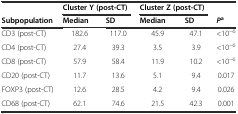
<table><thead><tr><td></td><td colspan="2"><b>Cluster Y (post-CT)</b></td><td colspan="2"><b>Cluster Z (post-CT)</b></td><td></td></tr><tr><td><b>Subpopulation</b></td><td><b>Median</b></td><td><b>SD</b></td><td><b>Median</b></td><td><b>SD</b></td><td><b><i>P</i><sup>a</sup></b></td></tr></thead><tbody><tr><td>CD3 (post-CT)</td><td>182.6</td><td>117.0</td><td>45.9</td><td>47.1</td><td>&lt;10<sup>−6</sup></td></tr><tr><td>CD4 (post-CT)</td><td>27.4</td><td>39.3</td><td>3.5</td><td>3.9</td><td>&lt;10<sup>−6</sup></td></tr><tr><td>CD8 (post-CT)</td><td>57.9</td><td>58.4</td><td>11.9</td><td>10.2</td><td>&lt;10<sup>−6</sup></td></tr><tr><td>CD20 (post-CT)</td><td>11.7</td><td>13.6</td><td>5.1</td><td>9.4</td><td>0.017</td></tr><tr><td>FOXP3 (post-CT)</td><td>12.6</td><td>28.5</td><td>4.2</td><td>9.4</td><td>0.026</td></tr><tr><td>CD68 (post-CT)</td><td>62.1</td><td>74.6</td><td>21.5</td><td>42.3</td><td>0.001</td></tr></tbody></table>